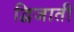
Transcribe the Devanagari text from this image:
द्विजाती